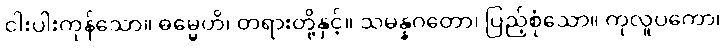
ငါးပါးကုန်သော။ ဓမ္မေဟိ၊ တရားတို့နှင့်။ သမန္နဂတော၊ ပြည့်စုံသော။ ကုလူပကော၊